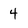
Character: 4